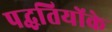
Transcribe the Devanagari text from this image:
पद्धतियोंके